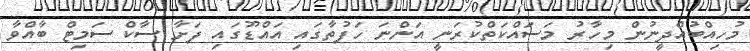
މުހިއްބުއްދީނުން މިހާރު މަސައްކަތްކުރަނީ އަންނަ ހަފުތާގައި އައްޑޫގައި ފަށާ ސާކް ސަމިޓް ބާއްވާ